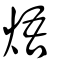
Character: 焐